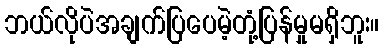
ဘယ်လိုပဲအချက်ပြပေမဲ့တုံ့ပြန်မှုမရှိဘူး။